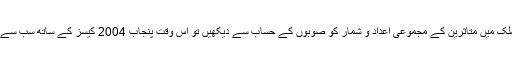
علاوہ ازیں اگر ملک میں متاثرین کے مجموعی اعداد و شمار کو صوبوں کے حساب سے دیکھیں تو اس وقت پنجاب 2004 کیسز کے ساتھ سب سے زیادہ متاثر ہے۔